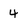
Character: 4